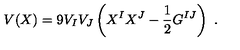
V ( X ) = 9 V _ { I } V _ { J } \left( X ^ { I } X ^ { J } - { \frac { 1 } { 2 } } G ^ { I J } \right) \ .